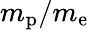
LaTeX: m_{\mathrm{p}}/m_{\mathrm{e}}